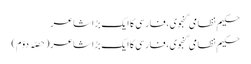
حکیم نظامی گنجوی، فارسی کا ایک بڑا شاعر
حکیم نظامی گنجوی، فارسی کا ایک بڑا شاعر (حصّہ دوّم)